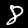
Digit: 8